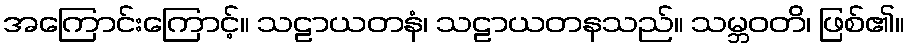
အကြောင်းကြောင့်။ သဠာယတနံ၊ သဠာယတနသည်။ သမ္ဘဝတိ၊ ဖြစ်၏။